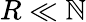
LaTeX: R\ll\mathbb{N}